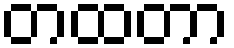
တထတာ